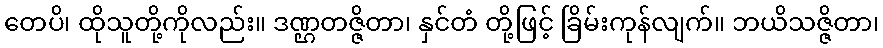
တေပိ၊ ထိုသူတို့ကိုလည်း။ ဒဏ္ဌတဇ္ဇိတာ၊ နှင်တံ တို့ဖြင့် ခြိမ်းကုန်လျက်။ ဘယိသဇ္ဇိတာ၊